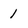
Character: 1